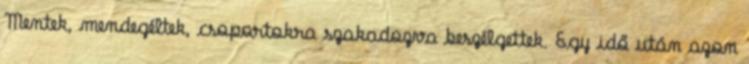
Mentek, mendegéltek, csoportokra szakadozva beszélgettek. Egy idő után azon